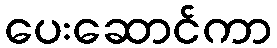
ပေးဆောင်ကာ